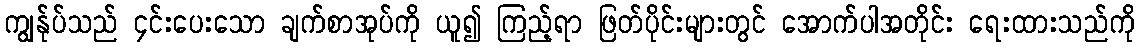
ကျွန်ုပ်သည် ၄င်းပေးသော ချက်စာအုပ်ကို ယူ၍ ကြည့်ရာ ဖြတ်ပိုင်းများတွင် အောက်ပါအတိုင်း ရေးထားသည်ကို